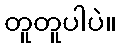
တူတူပါပဲ။